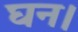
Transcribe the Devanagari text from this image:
घन।